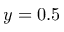
y = 0 . 5